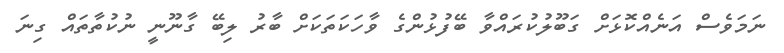
ނަމަވެސް އަނެއްކޮޅަށް ގަބޫލުކުރައްވާ ބޭފުޅުންގެ ވާހަކަތަކަށް ބާރު ލިބޭ ގާނޫނީ ނުކުތާތައް ގިނަ